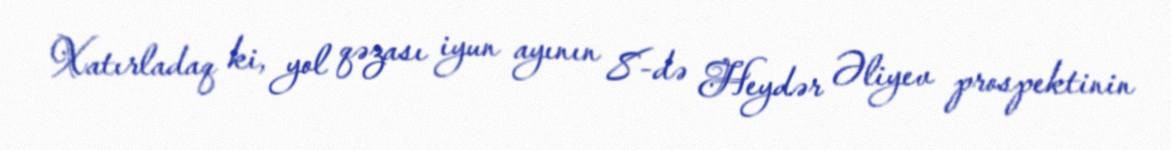
Xatırladaq ki, yol qəzası iyun ayının 8-də Heydər Əliyev prospektinin